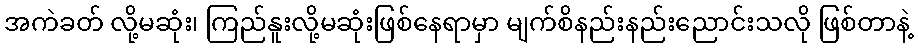
အကဲခတ် လို့မဆုံး၊ ကြည်နူးလို့မဆုံးဖြစ်နေရာမှာ မျက်စိနည်းနည်းညောင်းသလို ဖြစ်တာနဲ့